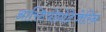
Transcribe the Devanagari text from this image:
आस्टियोप्रोटेजेरिन